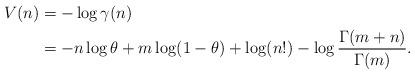
LaTeX: \begin{align*}V(n) & =-\log \gamma(n) \\& =-n\log \theta + m \log (1-\theta) + \log(n!) - \log \frac{\Gamma(m+n)}{\Gamma(m)}.\end{align*}